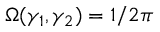
\Omega ( \gamma _ { 1 } , \gamma _ { 2 } ) = 1 / 2 \pi